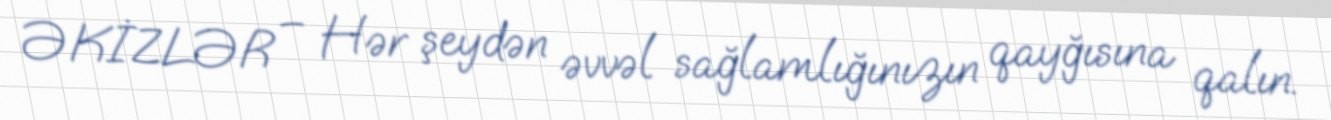
ƏKİZLƏR – Hər şeydən əvvəl sağlamlığınızın qayğısına qalın.